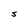
Character: s